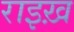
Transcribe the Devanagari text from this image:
राइख़